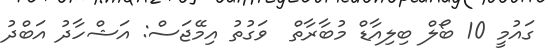
ގައުމީ 10 ބޯލް ބިލިއާޑް މުބާރާތް  ވަގުތު އިމޭޖަސް: އަޝްހާދު އަބްދު